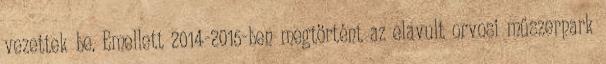
vezettek be. Emellett 2014-2015-ben megtörtént az elavult orvosi műszerpark